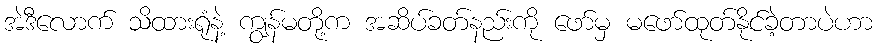
အဲဒီလောက် သိထားရုံနဲ့ ကျွန်မတို့က အဆိပ်ခတ်နည်းကို ဖော်မှ မဖော်ထုတ်နိုင်ခဲ့တာပဲဟာ